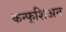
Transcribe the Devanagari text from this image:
कन्फूशिअन